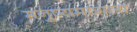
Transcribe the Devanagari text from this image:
मनुष्यमात्राला